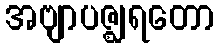
အဗျာပဇ္ဈရတော